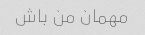
مهمان من باش